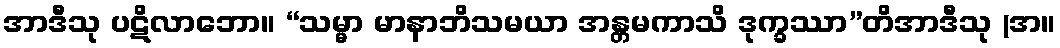
အာဒီသု ပဋိလာဘော။ “သမ္မာ မာနာဘိသမယာ အန္တမကာသိ ဒုက္ခဿာ”တိအာဒီသု (အ။